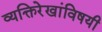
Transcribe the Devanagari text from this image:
व्यक्तिरेखांविषयी